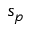
s _ { p }